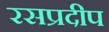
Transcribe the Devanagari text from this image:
रसप्रदीप